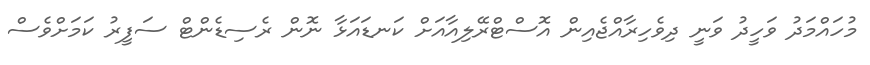
މުހައްމަދު ވަހީދު ވަނީ ދިވެހިރާއްޖެއިން އޮސްޓްރޭލިއާއަށް ކަނޑައަޅާ ނޮން ރެސިޑެންޓް ސަފީރު ކަމަށްވެސް